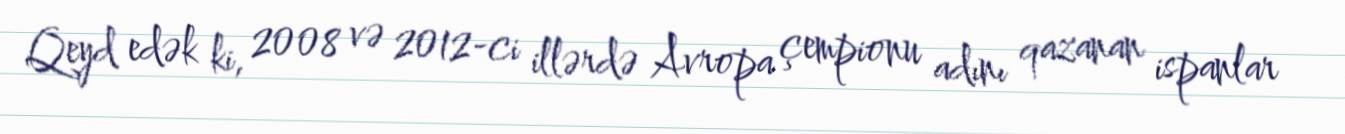
Qeyd edək ki, 2008 və 2012-ci illərdə Avropa çempionu adını qazanan ispanlar